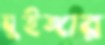
ঘুইঙ্গার